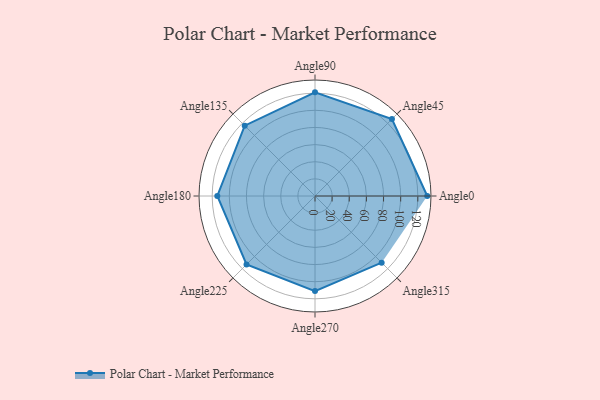
{"axis": {"x": "Angle", "y": "Radius"}, "legend": [""], "data": [{"x": "Angle0", "y": 131.0, "type": ""}, {"x": "Angle45", "y": 127.0, "type": ""}, {"x": "Angle90", "y": 121.0, "type": ""}, {"x": "Angle135", "y": 116.0, "type": ""}, {"x": "Angle180", "y": 114.0, "type": ""}, {"x": "Angle225", "y": 113.0, "type": ""}, {"x": "Angle270", "y": 111.0, "type": ""}, {"x": "Angle315", "y": 110.0, "type": ""}]}